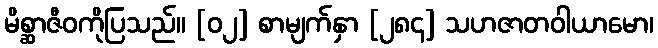
မိစ္ဆာဇီဝကိုပြသည်။ [၀၂] စာမျက်နှာ [၂၈၄] သဟဇာတဝါယာမော၊